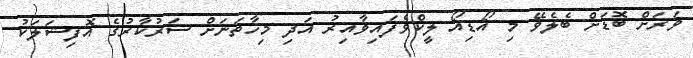
ވަރަށް ބޮޑަށް ބެލެވޭ މި އޯޑިއޯ ލީކްވެފައިވާއިރު އަދި މިހާތަނަށް ސަރުކާރުގެ އޮފިޝަލަކު